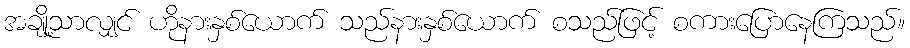
အချို့သာလျှင် ဟိုနားနှစ်ယောက် သည်နားနှစ်ယောက် စသည်ဖြင့် စကားပြောနေကြသည်။